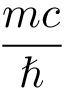
\frac { m c } { \hbar }